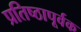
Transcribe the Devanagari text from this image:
प्रतिष्ठापूर्वक